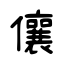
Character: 儴